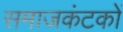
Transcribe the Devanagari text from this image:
समाजकंटकों